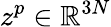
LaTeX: z^{p}\in\mathbb{R}^{3N}